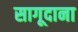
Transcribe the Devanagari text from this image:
सागूदाना